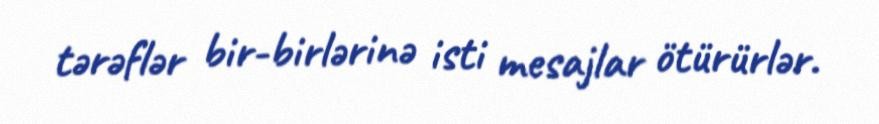
tərəflər bir-birlərinə isti mesajlar ötürürlər.